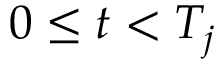
0 \leq t < T _ { j }